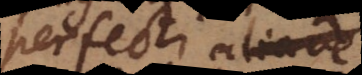
perfecti aliunde